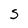
Character: S